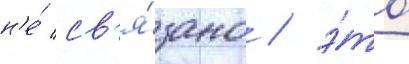
н'е́ св'я́зано / э́то